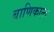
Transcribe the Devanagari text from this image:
बाणिकान्त